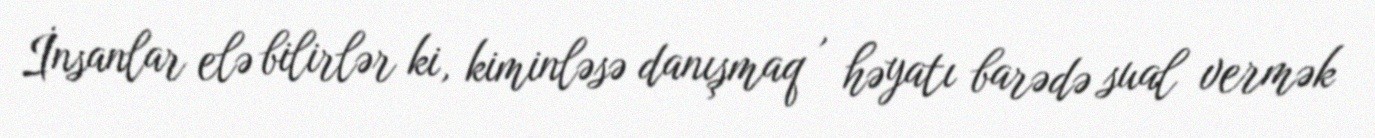
İnsanlar elə bilirlər ki, kiminləsə danışmaq , həyatı barədə sual vermək